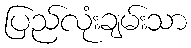
ပြည်လုံးချမ်းသာ